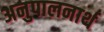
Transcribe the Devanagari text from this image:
अनुपालनार्थ